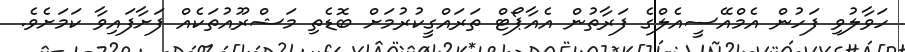
ހަވާލުވި ފަހުން އެމްއޭސީއެލްގެ ފަރާތުން އެއާޕޯޓް ތަރައްގީކުރުމަށް ބޮޑެތި މަޝްރޫއުތަކެއް ފަށާފައިވާ ކަމަށެވެ.